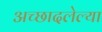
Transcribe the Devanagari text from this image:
अच्छादलेल्या